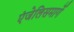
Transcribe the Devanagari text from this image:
एंजेलिसमार्गे